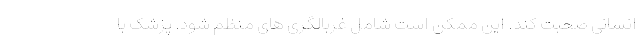
انسانی صحبت کند. این ممکن است شامل غربالگری های منظم شود. پزشک با